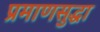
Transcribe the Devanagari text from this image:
प्रमाणसुद्धा